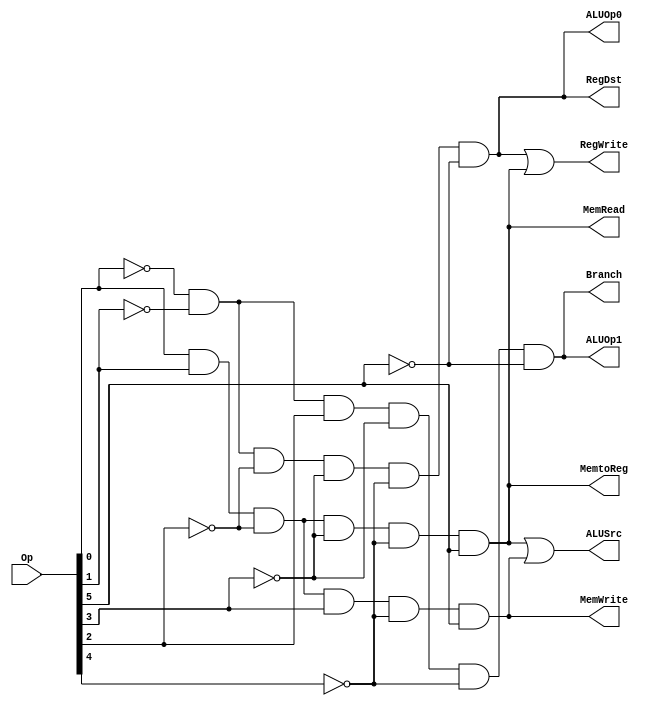
module ANDarray(RegDst, ALUSrc, MemtoReg, RegWrite, MemRead, MemWrite, Branch, ALUOp0, ALUOp1, Op);
input [5:0] Op;
output RegDst, ALUSrc, MemtoReg, RegWrite, MemRead, MemWrite, Branch, ALUOp0, ALUOp1;
wire Rformat, lw, sw, beq;

assign Rformat = (~Op[0]) & (~Op[1]) & (~Op[2]) & (~Op[3]) & (~Op[4]) & (~Op[5]);
assign lw = (Op[0]) & (Op[1]) & (~Op[2]) & (~Op[3]) & (~Op[4]) & (Op[5]);
assign sw = (Op[0]) & (Op[1]) & (~Op[2]) & (Op[3]) & (~Op[4]) & (Op[5]);
assign beq = (~Op[0]) & (~Op[1]) & (Op[2]) & (~Op[3]) & (~Op[4]) & (~Op[5]);
assign RegDst = Rformat;
assign ALUSrc = lw | sw;
assign MemtoReg = lw;
assign RegWrite = Rformat | lw;
assign MemRead = lw;
assign MemWrite = sw;
assign Branch = beq;
assign ALUOp0 = Rformat;
assign ALUOp1 = beq;

endmodule

module test_ANDarray;
reg [5:0] Op;
wire RegDst, ALUSrc, MemtoReg, RegWrite, MemRead, MemWrite, Branch, ALUOp0, ALUOp1;

ANDarray a1 (RegDst, ALUSrc, MemtoReg, RegWrite, MemRead, MemWrite, Branch, ALUOp0, ALUOp1, Op);
initial
$monitor( "Op =%b, RegDst=%b, ALUSrc=%b, MemtoReg=%b, RegWrite=%b,  MemRead=%b, MemWrite=%b, Branch=%b, ALUOp0=%b, AlUOp1=%b", Op, RegDst, ALUSrc, MemtoReg, RegWrite, MemRead, MemWrite, Branch, ALUOp0, ALUOp1);
initial begin
Op = 6'b000000;
#10 Op = 6'b100011;
#20 Op = 6'b101011; 
# 40 Op = 6'b00100;
end
endmodule